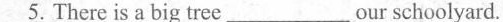
5.There is a big tree___our schoolyard.